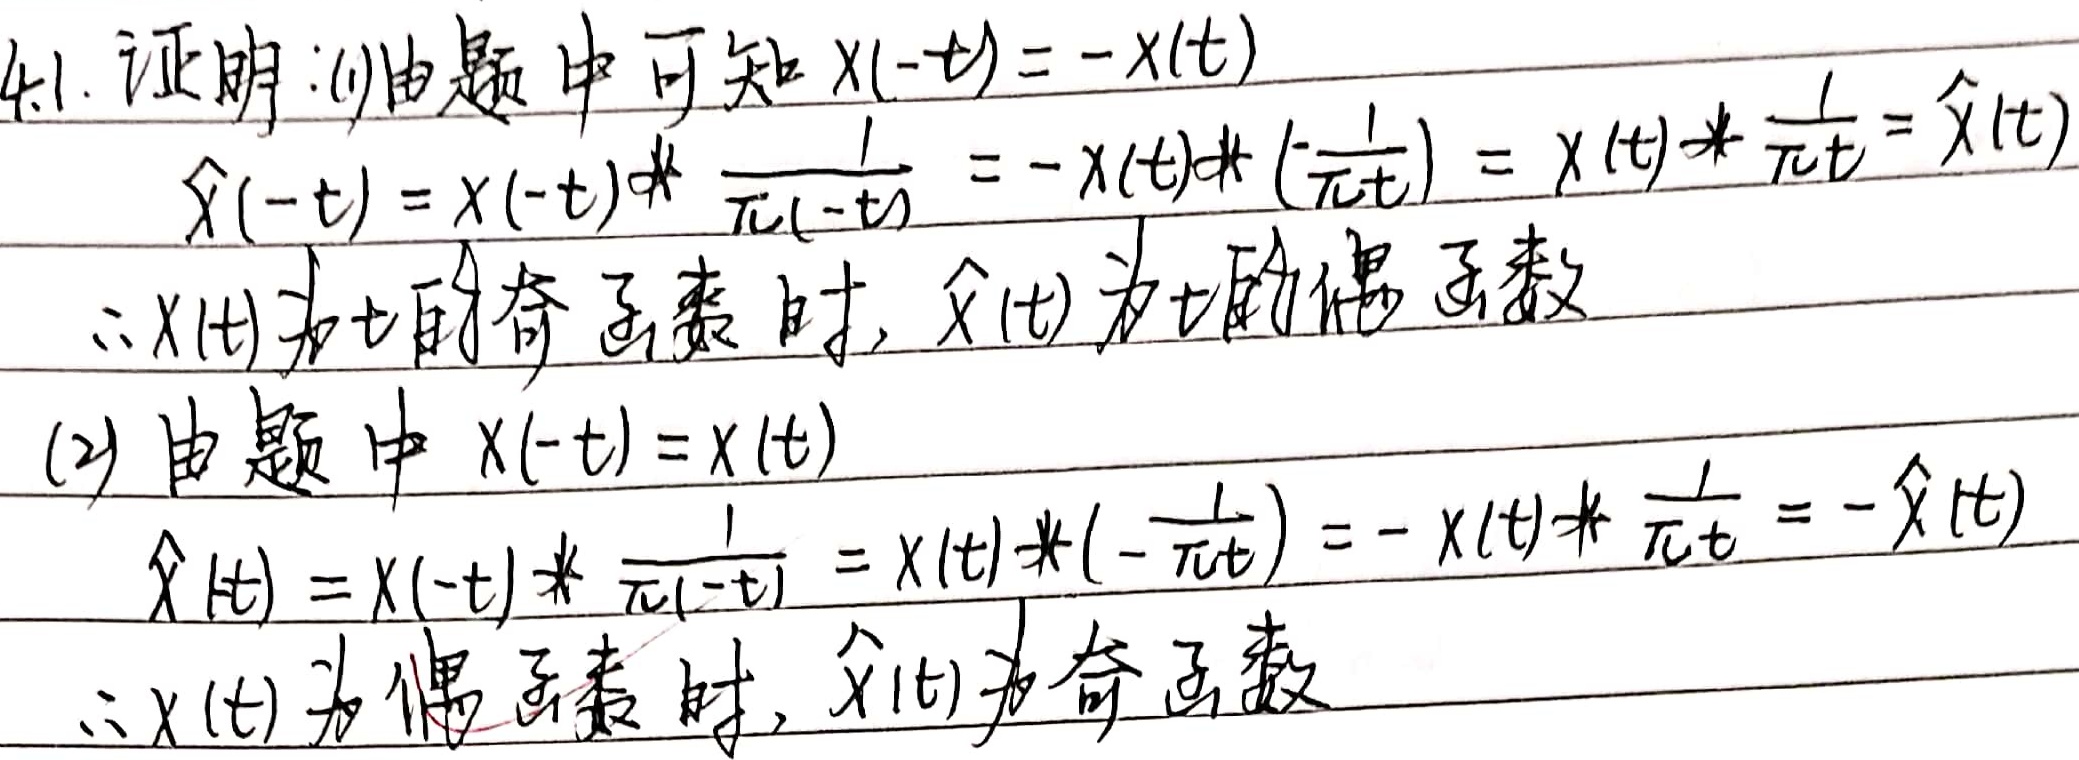
4.1. 证明：
(1) 由题中可知 \(x(-t)=-x(t)\)
\[
\begin{align*}
\hat{x}(-t)&=x(-t)*\frac{1}{\pi(-t)}\\
&=-x(t)*(-\frac{1}{\pi t})\\
&=x(t)*\frac{1}{\pi t}\\
&=\hat{x}(t)
\end{align*}
\]
\(\therefore\) \(x(t)\) 为 \(t\) 的奇函数时，\(\hat{x}(t)\) 为 \(t\) 的偶函数

(2) 由题中 \(x(-t)=x(t)\)
\[
\begin{align*}
\hat{x}(-t)&=x(-t)*\frac{1}{\pi(-t)}\\
&=x(t)*(-\frac{1}{\pi t})\\
&=-x(t)*\frac{1}{\pi t}\\
&=-\hat{x}(t)
\end{align*}
\]
\(\therefore\) \(x(t)\) 为偶函数时，\(\hat{x}(t)\) 为奇函数